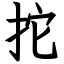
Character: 拕